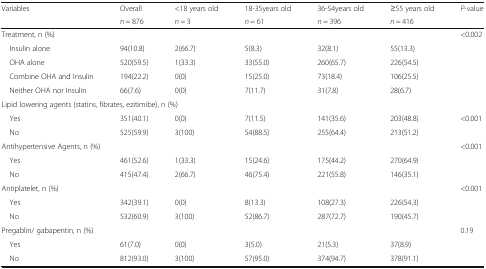
| <ROWSPAN=2> Variables | Overall | <18 years old | 18-35years old | 36-54years old | ≥55 years old | <ROWSPAN=2> P-value |
 | n = 876 | n = 3 | n = 61 | n = 396 | n = 416 |
 | --- | --- | --- | --- | --- | --- | --- |
 | <COLSPAN=6> Treatment, n (%) | <ROWSPAN=5> <0.002 |
 | Insulin alone | 94(10.8) | 2(66.7) | 5(8.3) | 32(8.1) | 55(13.3) |
 | OHA alone | 520(59.5) | 1(33.3) | 33(55.0) | 260(65.7) | 226(54.5) |
 | Combine OHA and Insulin | 194(22.2) | 0(0) | 15(25.0) | 73(18.4) | 106(25.5) |
 | Neither OHA nor Insulin | 66(7.6) | 0(0) | 7(11.7) | 31(7.8) | 28(6.7) |
 | <COLSPAN=7> Lipid lowering agents (statins, fibrates, ezitimibe), n (%) |
 | Yes | 351(40.1) | 0(0) | 7(11.5) | 141(35.6) | 203(48.8) | <ROWSPAN=2> <0.001 |
 | No | 525(59.9) | 3(100) | 54(88.5) | 255(64.4) | 213(51.2) |
 | <COLSPAN=6> Antihypertensive Agents, n (%) | <ROWSPAN=3> <0.001 |
 | Yes | 461(52.6) | 1(33.3) | 15(24.6) | 175(44.2) | 270(64.9) |
 | No | 415(47.4) | 2(66.7) | 46(75.4) | 221(55.8) | 146(35.1) |
 | <COLSPAN=6> Antiplatelet, n (%) | <ROWSPAN=3> <0.001 |
 | Yes | 342(39.1) | 0(0) | 8(13.3) | 108(27.3) | 226(54.3) |
 | No | 532(60.9) | 3(100) | 52(86.7) | 287(72.7) | 190(45.7) |
 | <COLSPAN=6> Pregablin/ gabapentin, n (%) | <ROWSPAN=3> 0.19 |
 | Yes | 61(7.0) | 0(0) | 3(5.0) | 21(5.3) | 37(8.9) |
 | No | 812(93.0) | 3(100) | 57(95.0) | 374(94.7) | 378(91.1) |